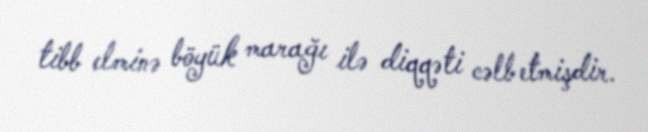
tibb elminə böyük marağı ilə diqqəti cəlb etmişdir.